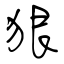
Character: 狠